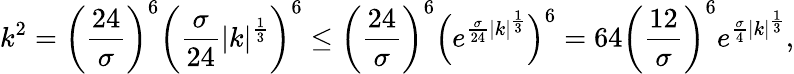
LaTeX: k^{2}=\bigg(\frac{24}{\sigma}\bigg)^{6}\bigg(\frac{\sigma}{24}|k|^{\frac{1}{3}}\bigg)^{6}\leq\bigg(\frac{24}{\sigma}\bigg)^{6}\Big(e^{\frac{\sigma}{24}|k|^{\frac{1}{3}}}\Big)^{6}=64\bigg(\frac{12}{\sigma}\bigg)^{6}e^{\frac{\sigma}{4}|k|^{\frac{1}{3}}},